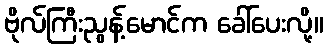
ဗိုလ်ကြီးညွန့်မောင်က ခေါ်ပေးလို့။